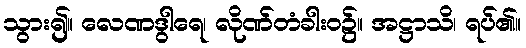
သွား၍။ လေဏဒွါရေ၊ လိုဏ်တံခါးဝ၌။ အဋ္ဌာသိ၊ ရပ်၏။